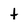
Character: t